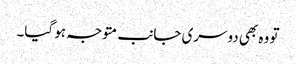
تو وہ بھی دوسری جانب متوجہ ہو گیا۔